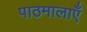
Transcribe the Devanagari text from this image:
पाठमालाएँ